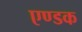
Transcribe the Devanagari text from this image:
एण्डक